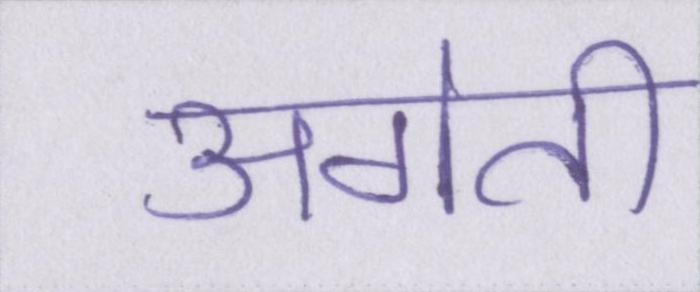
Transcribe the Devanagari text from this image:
अगेती